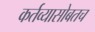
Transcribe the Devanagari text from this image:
कर्तव्यासोबतच